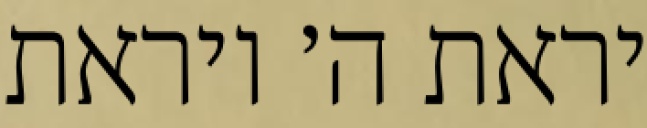
יראת ה׳ ויראת